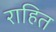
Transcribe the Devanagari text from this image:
राहित